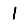
Digit: 1